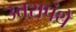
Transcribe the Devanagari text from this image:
उत्तरापंथे